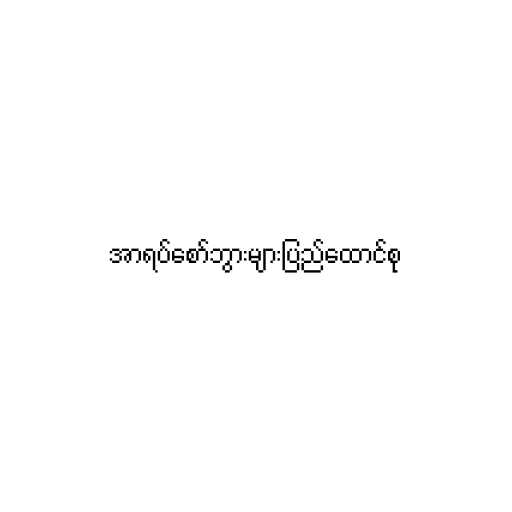
အာရပ်စော်ဘွားများပြည်ထောင်စု